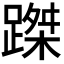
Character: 𨃥